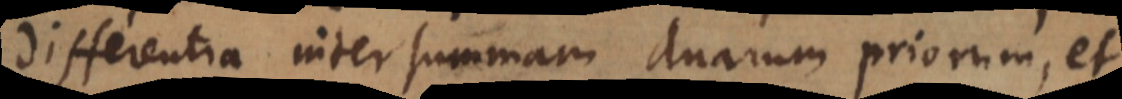
differentia inter summam duarum priorum, et